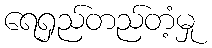
ရေရှည်တည်တံ့မှု